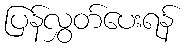
ပြန်လွှတ်ပေးရန်